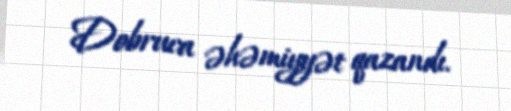
Dobruca əhəmiyyət qazandı.